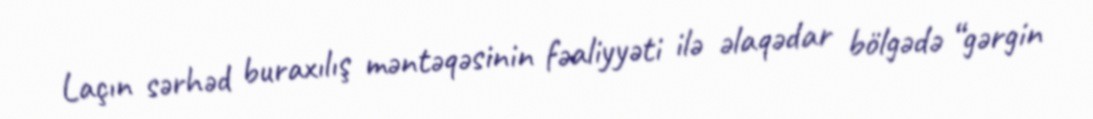
Laçın sərhəd buraxılış məntəqəsinin fəaliyyəti ilə əlaqədar bölgədə “gərgin